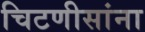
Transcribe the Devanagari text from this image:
चिटणीसांना